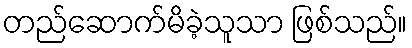
တည်ဆောက်မိခဲ့သူသာ ဖြစ်သည်။